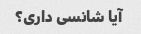
آیا شانسی داری؟